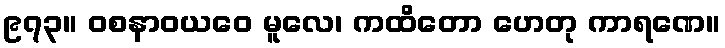
၉၇၃။ ဝစနာဝယဝေ မူလေ၊ ကထိတော ဟေတု ကာရဏေ။